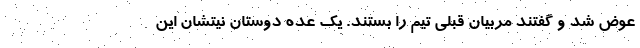
عوض شد و گفتند مربیان قبلی تیم را بستند. یک عده دوستان نیتشان این